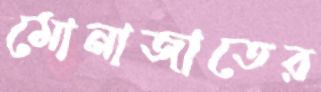
মোনাজাতের